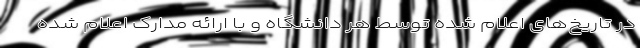
در تاریخ‌های اعلام شده توسط هر دانشگاه و با ارائه مدارک اعلام شده